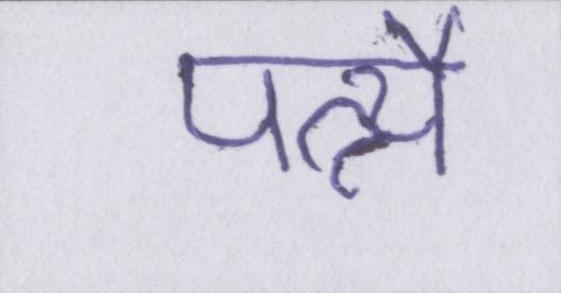
पत्न्यै